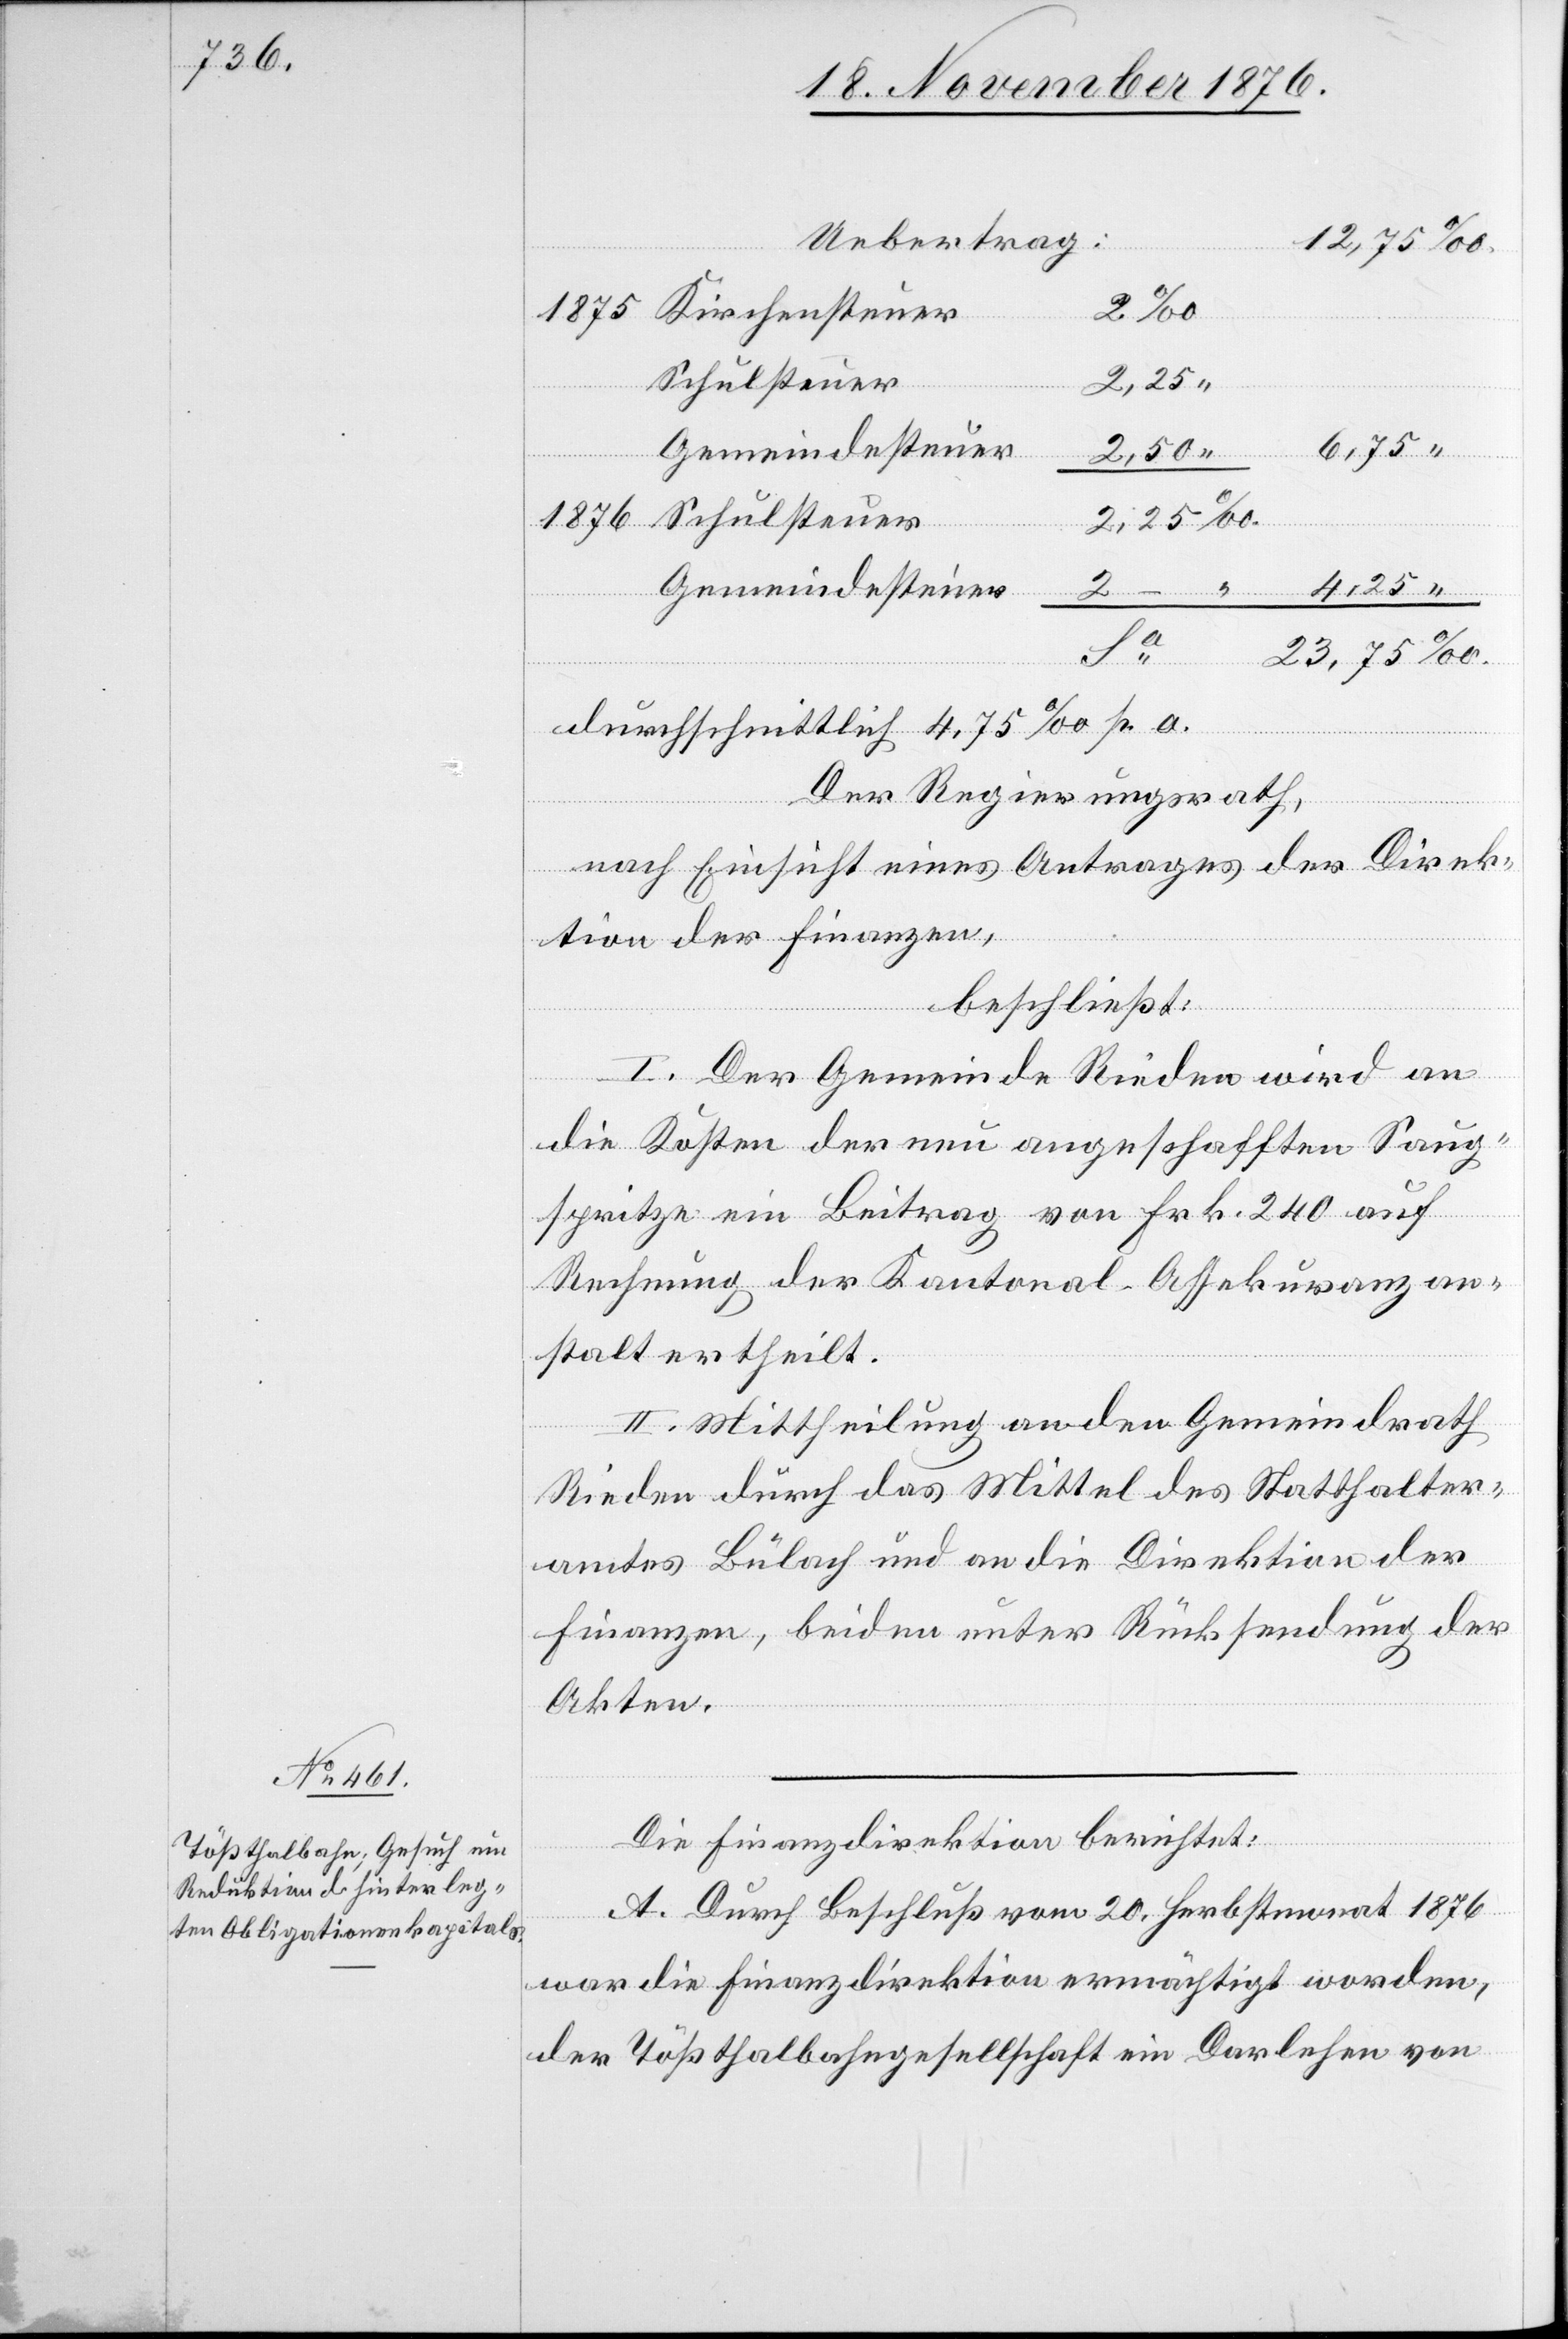
Kir¬
chensteuer
Schulsteuer
‰.
25
Gemeindesteuer
durchschnittlich 4,75‰ p. a.
Der Regierungsrath,
“
nach Einsicht eines Antrages der Direk¬
tion der Finanzen,
beschließt:
I. Der Gemeinde Rieden wird an
die Kosten der neu angeschafften Saug¬
spritze ein Beitrag von Frk. 240 auf
Rechnung der Kantonal-Assekuranzan¬
stalt ertheilt.
II. Mittheilung an den Gemeindrath
Rieden durch das Mittel des Statthalter¬
amtes Bülach und an die Direktion der
Finanzen, beiden unter Rücksendung der
Akten.
Die Finanzdirektion berichtet:
A. Durch Beschluß von 20. Herbstmonat 1876
war die Finanzdirektion ermächtigt worden,
der Tößthalbahngesellschaft ein Darlehen von